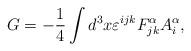
LaTeX: \begin{align*}G= - \frac{1}{4} \int d^3x \varepsilon^{ijk} F^{\alpha}_{jk}A^{\alpha}_i, \end{align*}